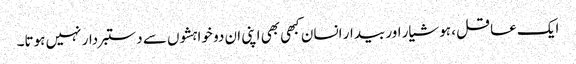
ایک عاقل ، ہوشیار اور بیدار انسان کبھی بھی اپنی ان دو خواہشوں سے دستبردار نہیں ہوتا۔